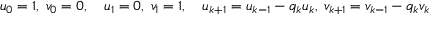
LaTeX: u _ { 0 } = 1 , \; v _ { 0 } = 0 , \quad u _ { 1 } = 0 , \; v _ { 1 } = 1 , \quad u _ { k + 1 } = u _ { k - 1 } - q _ { k } u _ { k } , \; v _ { k + 1 } = v _ { k - 1 } - q _ { k } v _ { k }